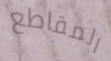
المقاطع